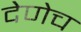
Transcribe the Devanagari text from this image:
देणेच